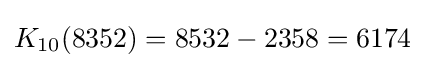
K_{10}(8352)=8532-2358=6174